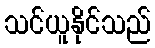
သင်ယူနိုင်သည်